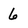
Character: 6